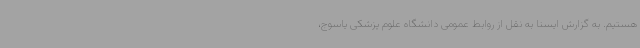
هستیم. به گزارش ایسنا به نقل از روابط عمومی دانشگاه علوم پزشکی یاسوج،